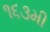
૧૬૩મી